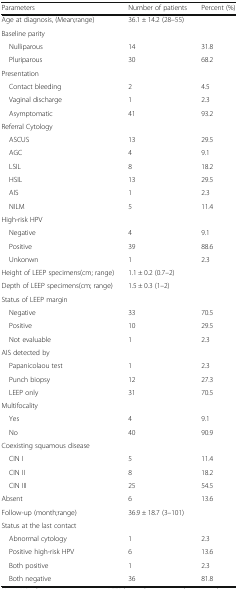
<table><thead><tr><td><b>Parameters</b></td><td><b>Number of patients</b></td><td><b>Percent (%)</b></td></tr></thead><tbody><tr><td>Age at diagnosis, (Mean;range)</td><td colspan="2">36.1 ± 14.2 (28–55)</td></tr><tr><td colspan="3">Baseline parity</td></tr><tr><td> Nulliparous</td><td>14</td><td>31.8</td></tr><tr><td> Pluriparous</td><td>30</td><td>68.2</td></tr><tr><td colspan="3">Presentation</td></tr><tr><td> Contact bleeding</td><td>2</td><td>4.5</td></tr><tr><td> Vaginal discharge</td><td>1</td><td>2.3</td></tr><tr><td> Asymptomatic</td><td>41</td><td>93.2</td></tr><tr><td colspan="3">Referral Cytology</td></tr><tr><td> ASCUS</td><td>13</td><td>29.5</td></tr><tr><td> AGC</td><td>4</td><td>9.1</td></tr><tr><td> LSIL</td><td>8</td><td>18.2</td></tr><tr><td> HSIL</td><td>13</td><td>29.5</td></tr><tr><td> AIS</td><td>1</td><td>2.3</td></tr><tr><td> NILM</td><td>5</td><td>11.4</td></tr><tr><td colspan="3">High-risk HPV</td></tr><tr><td> Negative</td><td>4</td><td>9.1</td></tr><tr><td> Positive</td><td>39</td><td>88.6</td></tr><tr><td> Unkonwn</td><td>1</td><td>2.3</td></tr><tr><td>Height of LEEP specimens(cm; range)</td><td colspan="2">1.1 ± 0.2 (0.7–2)</td></tr><tr><td>Depth of LEEP specimens(cm; range)</td><td colspan="2">1.5 ± 0.3 (1–2)</td></tr><tr><td colspan="3">Status of LEEP margin</td></tr><tr><td> Negative</td><td>33</td><td>70.5</td></tr><tr><td> Positive</td><td>10</td><td>29.5</td></tr><tr><td> Not evaluable</td><td>1</td><td>2.3</td></tr><tr><td colspan="3">AIS detected by</td></tr><tr><td> Papanicolaou test</td><td>1</td><td>2.3</td></tr><tr><td> Punch biopsy</td><td>12</td><td>27.3</td></tr><tr><td> LEEP only</td><td>31</td><td>70.5</td></tr><tr><td colspan="3">Multifocality</td></tr><tr><td> Yes</td><td>4</td><td>9.1</td></tr><tr><td> No</td><td>40</td><td>90.9</td></tr><tr><td colspan="3">Coexisting squamous disease</td></tr><tr><td> CIN I</td><td>5</td><td>11.4</td></tr><tr><td> CIN II</td><td>8</td><td>18.2</td></tr><tr><td> CIN III</td><td>25</td><td>54.5</td></tr><tr><td>Absent</td><td>6</td><td>13.6</td></tr><tr><td>Follow-up (month;range)</td><td colspan="2">36.9 ± 18.7 (3–101)</td></tr><tr><td colspan="3">Status at the last contact</td></tr><tr><td> Abnormal cytology</td><td>1</td><td>2.3</td></tr><tr><td> Positive high-risk HPV</td><td>6</td><td>13.6</td></tr><tr><td> Both positive</td><td>1</td><td>2.3</td></tr><tr><td> Both negative</td><td>36</td><td>81.8</td></tr></tbody></table>